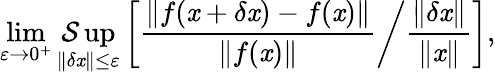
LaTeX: \operatorname*{lim}_{\varepsilon\to0^{+}}\operatorname*{\mathcal{S}up}_{\| \delta\mathit{x}\| \leq\varepsilon}\left[\left.{\frac{{\left\| f(\mathit{x}+\delta\mathit{x})-f(\mathit{x})\right\| }}{{\| f(\mathit{x})\| }}}\right/{\frac{{\| \delta\mathit{x}\| }}{{\| \mathit{x}\| }}}\right],